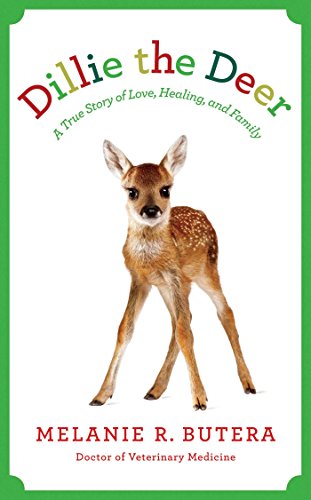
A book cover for Dillie the Deer: A True Story of Love, Healing, and Family; Melanie Butera; Crafts, Hobbies & Home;